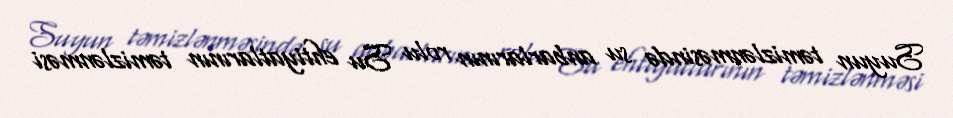
Suyun təmizlənməsində su anbarlarının rolu Su ehtiyatlarının təmizlənməsi